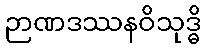
ဉာဏဒဿနဝိသုဒ္ဓိ